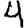
Digit: 4